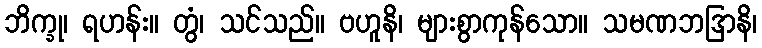
ဘိက္ခု၊ ရဟန်း။ တွံ၊ သင်သည်။ ဗဟူနိ၊ များစွာကုန်သော။ သမဏဘဒြာနိ၊